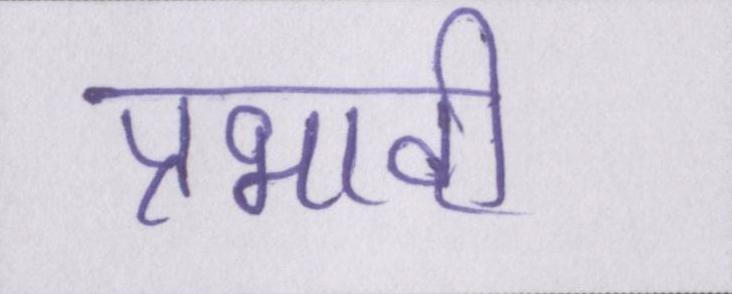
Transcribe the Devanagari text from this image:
प्रभावी